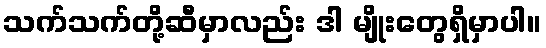
သက်သက်တို့ဆီမှာလည်း ဒါ မျိုးတွေရှိမှာပါ။